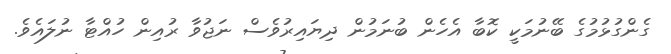
ގެންގުޅުމުގެ ބޭނުމަކީ ކޮބާ އެހެން ބުނަމުން ދިޔައިރުވެސް ނަޖުވާ ރުއިން ހުއްޓާ ނުލައެވެ.